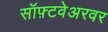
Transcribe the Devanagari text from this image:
सॉफ़्टवेअरवर